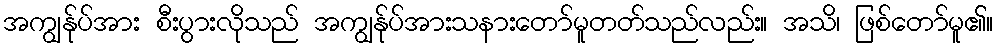
အကျွန်ုပ်အား စီးပွားလိုသည် အကျွန်ုပ်အားသနားတော်မူတတ်သည်လည်း။ အသိ၊ ဖြစ်တော်မူ၏။